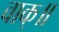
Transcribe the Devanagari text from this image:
वाक्॥